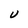
Character: U